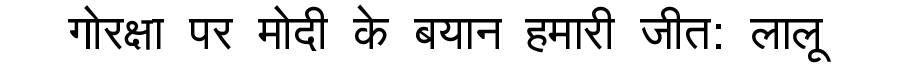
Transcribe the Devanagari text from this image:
गोरक्षा पर मोदी के बयान हमारी जीत: लालू